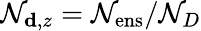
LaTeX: \mathcal{N}_{\mathbf{{d}},z}=\mathcal{N}_{\mathrm{{ens}}}/\mathcal{N}_{D}